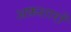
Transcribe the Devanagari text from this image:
अफ़शारों